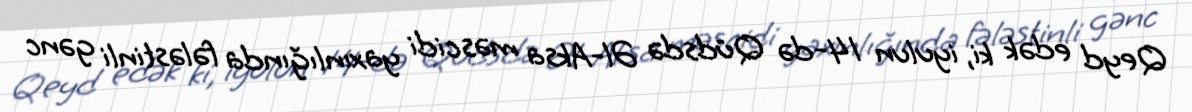
Qeyd edək ki, iyulun 14-də Qüdsdə Əl-Aksa məscidi yaxınlığında fələstinli gənc